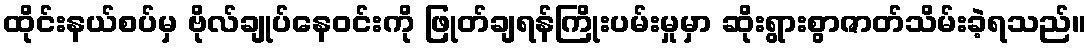
ထိုင်းနယ်စပ်မှ ဗိုလ်ချုပ်နေဝင်းကို ဖြုတ်ချရန်ကြိုးပမ်းမှုမှာ ဆိုးရွားစွာဇာတ်သိမ်းခဲ့ရသည်။